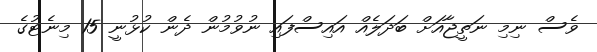
ވެސް ނިމި ނަތީޖާއަށް ބަދަލެއް އައިސްފައި ނުވުމުން ދެން ކުޅުނީ 15 މިނެޓުގެ